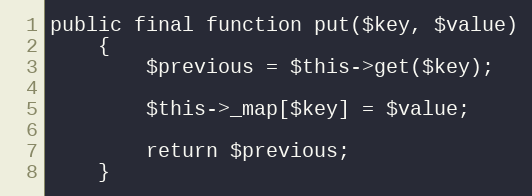
Language: PHP
public final function put($key, $value)
    {
        $previous = $this->get($key);

        $this->_map[$key] = $value;

        return $previous;
    }